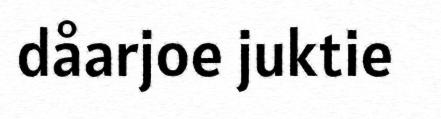
dåarjoe juktie